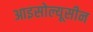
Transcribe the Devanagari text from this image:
आइसोल्यूसीन